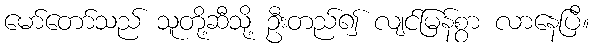
မော်တော်သည် သူတို့ဆီသို့ ဦးတည်၍ လျင်မြန်စွာ လာနေပြီ။